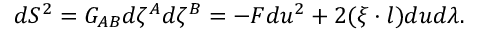
d S ^ { 2 } = G _ { A B } d \zeta ^ { A } d \zeta ^ { B } = - F d u ^ { 2 } + 2 ( \xi \cdot l ) d u d \lambda .